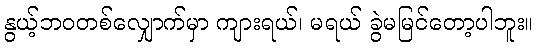
နွယ့်ဘဝတစ်လျှောက်မှာ ကျားရယ်၊ မရယ် ခွဲမမြင်တော့ပါဘူး။